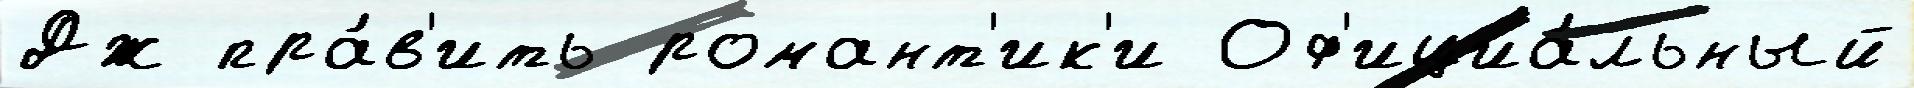
Дж пра́в'ить романт'ик'и Оф'ициа́льный